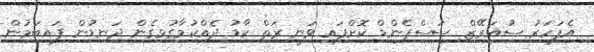
އެފަހަރު ސުއަރޭޒް ސަސްޕެންޑް ކޮށްފައި ވަނީ ރަތް ކާޑު ދެއްކުމާގުޅިގެން ދަނޑުން ފައިބަމުން